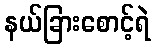
နယ်ခြားစောင့်ရဲ